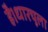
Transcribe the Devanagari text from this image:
है।धारचूला